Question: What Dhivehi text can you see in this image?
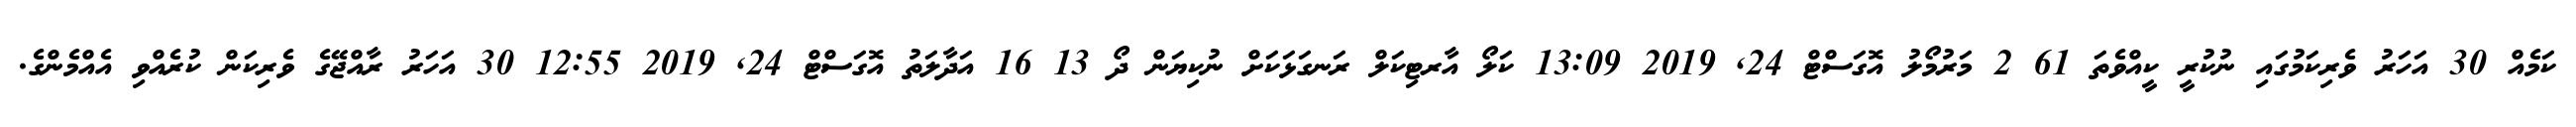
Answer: ކަމެއް 30 އަހަރު ވެރިކަމުގައި ނުކުރީ ކީއްވެތަ 61 2 މަރުމޯލު އޮގަސްޓް 24, 2019 13:09 ކަލޯ އާރޓިކަލް ރަނގަޅަކަށް ނުކިޔަން ދޯ 13 16 އަދާލަތު އޮގަސްޓް 24, 2019 12:55 30 އަހަރު ރާއްޖޭގެ ވެރިކަން ކުރެއްވި އެއްމެންގެ.